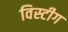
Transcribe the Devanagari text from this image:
विस्टीग